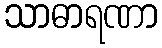
သာဓာရဏာ